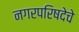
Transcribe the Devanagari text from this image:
नगरपरिषदेचे